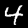
Digit: 4